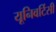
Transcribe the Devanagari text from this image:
यूनिवर्टिसी